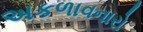
અકળાવનારો